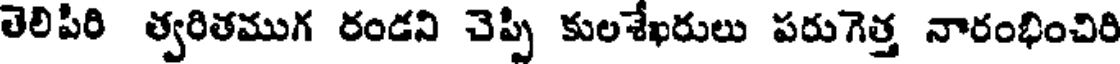
లెలిపీరి త్వరితముగ రండని చెప్పి కులశేఖరులు పరుగెత్త నారంభించిరి